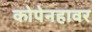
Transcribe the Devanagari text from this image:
कोपेनहावर